Bréfritari: Hildur Jónsdóttir Johnsen
Dagsetning: A-1854-10-17
Skrifað á: Húsavík  S-Þing.

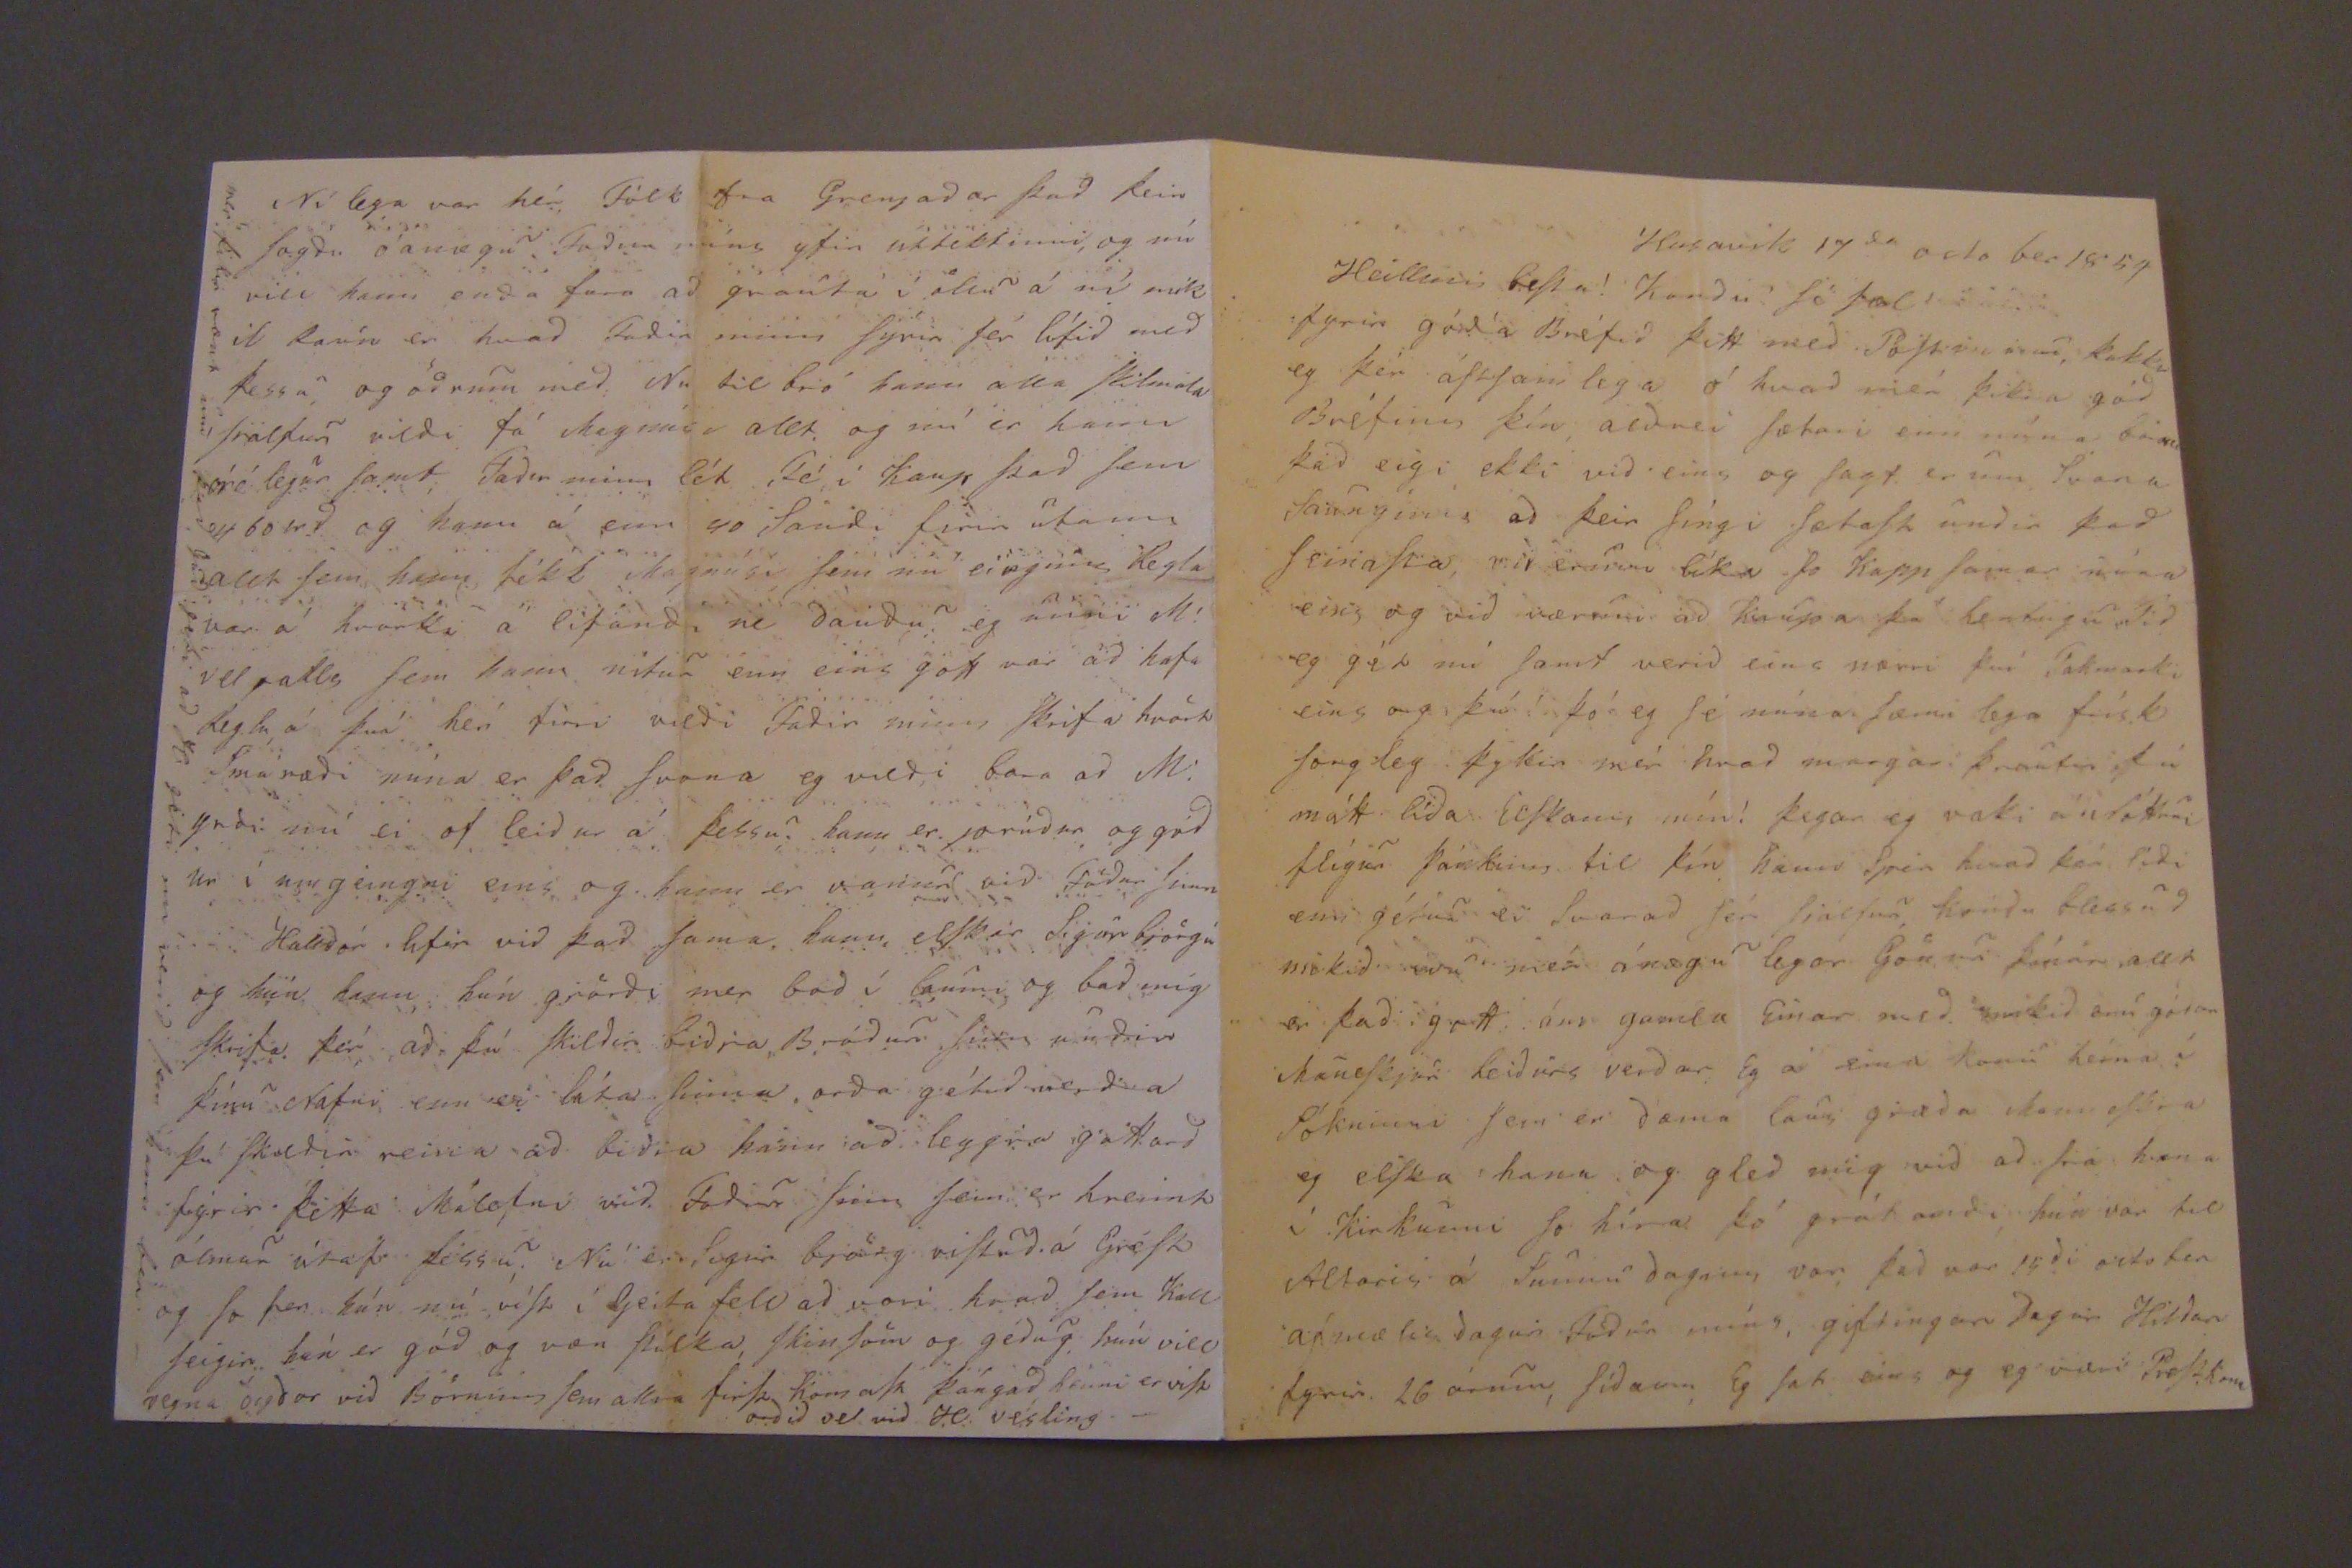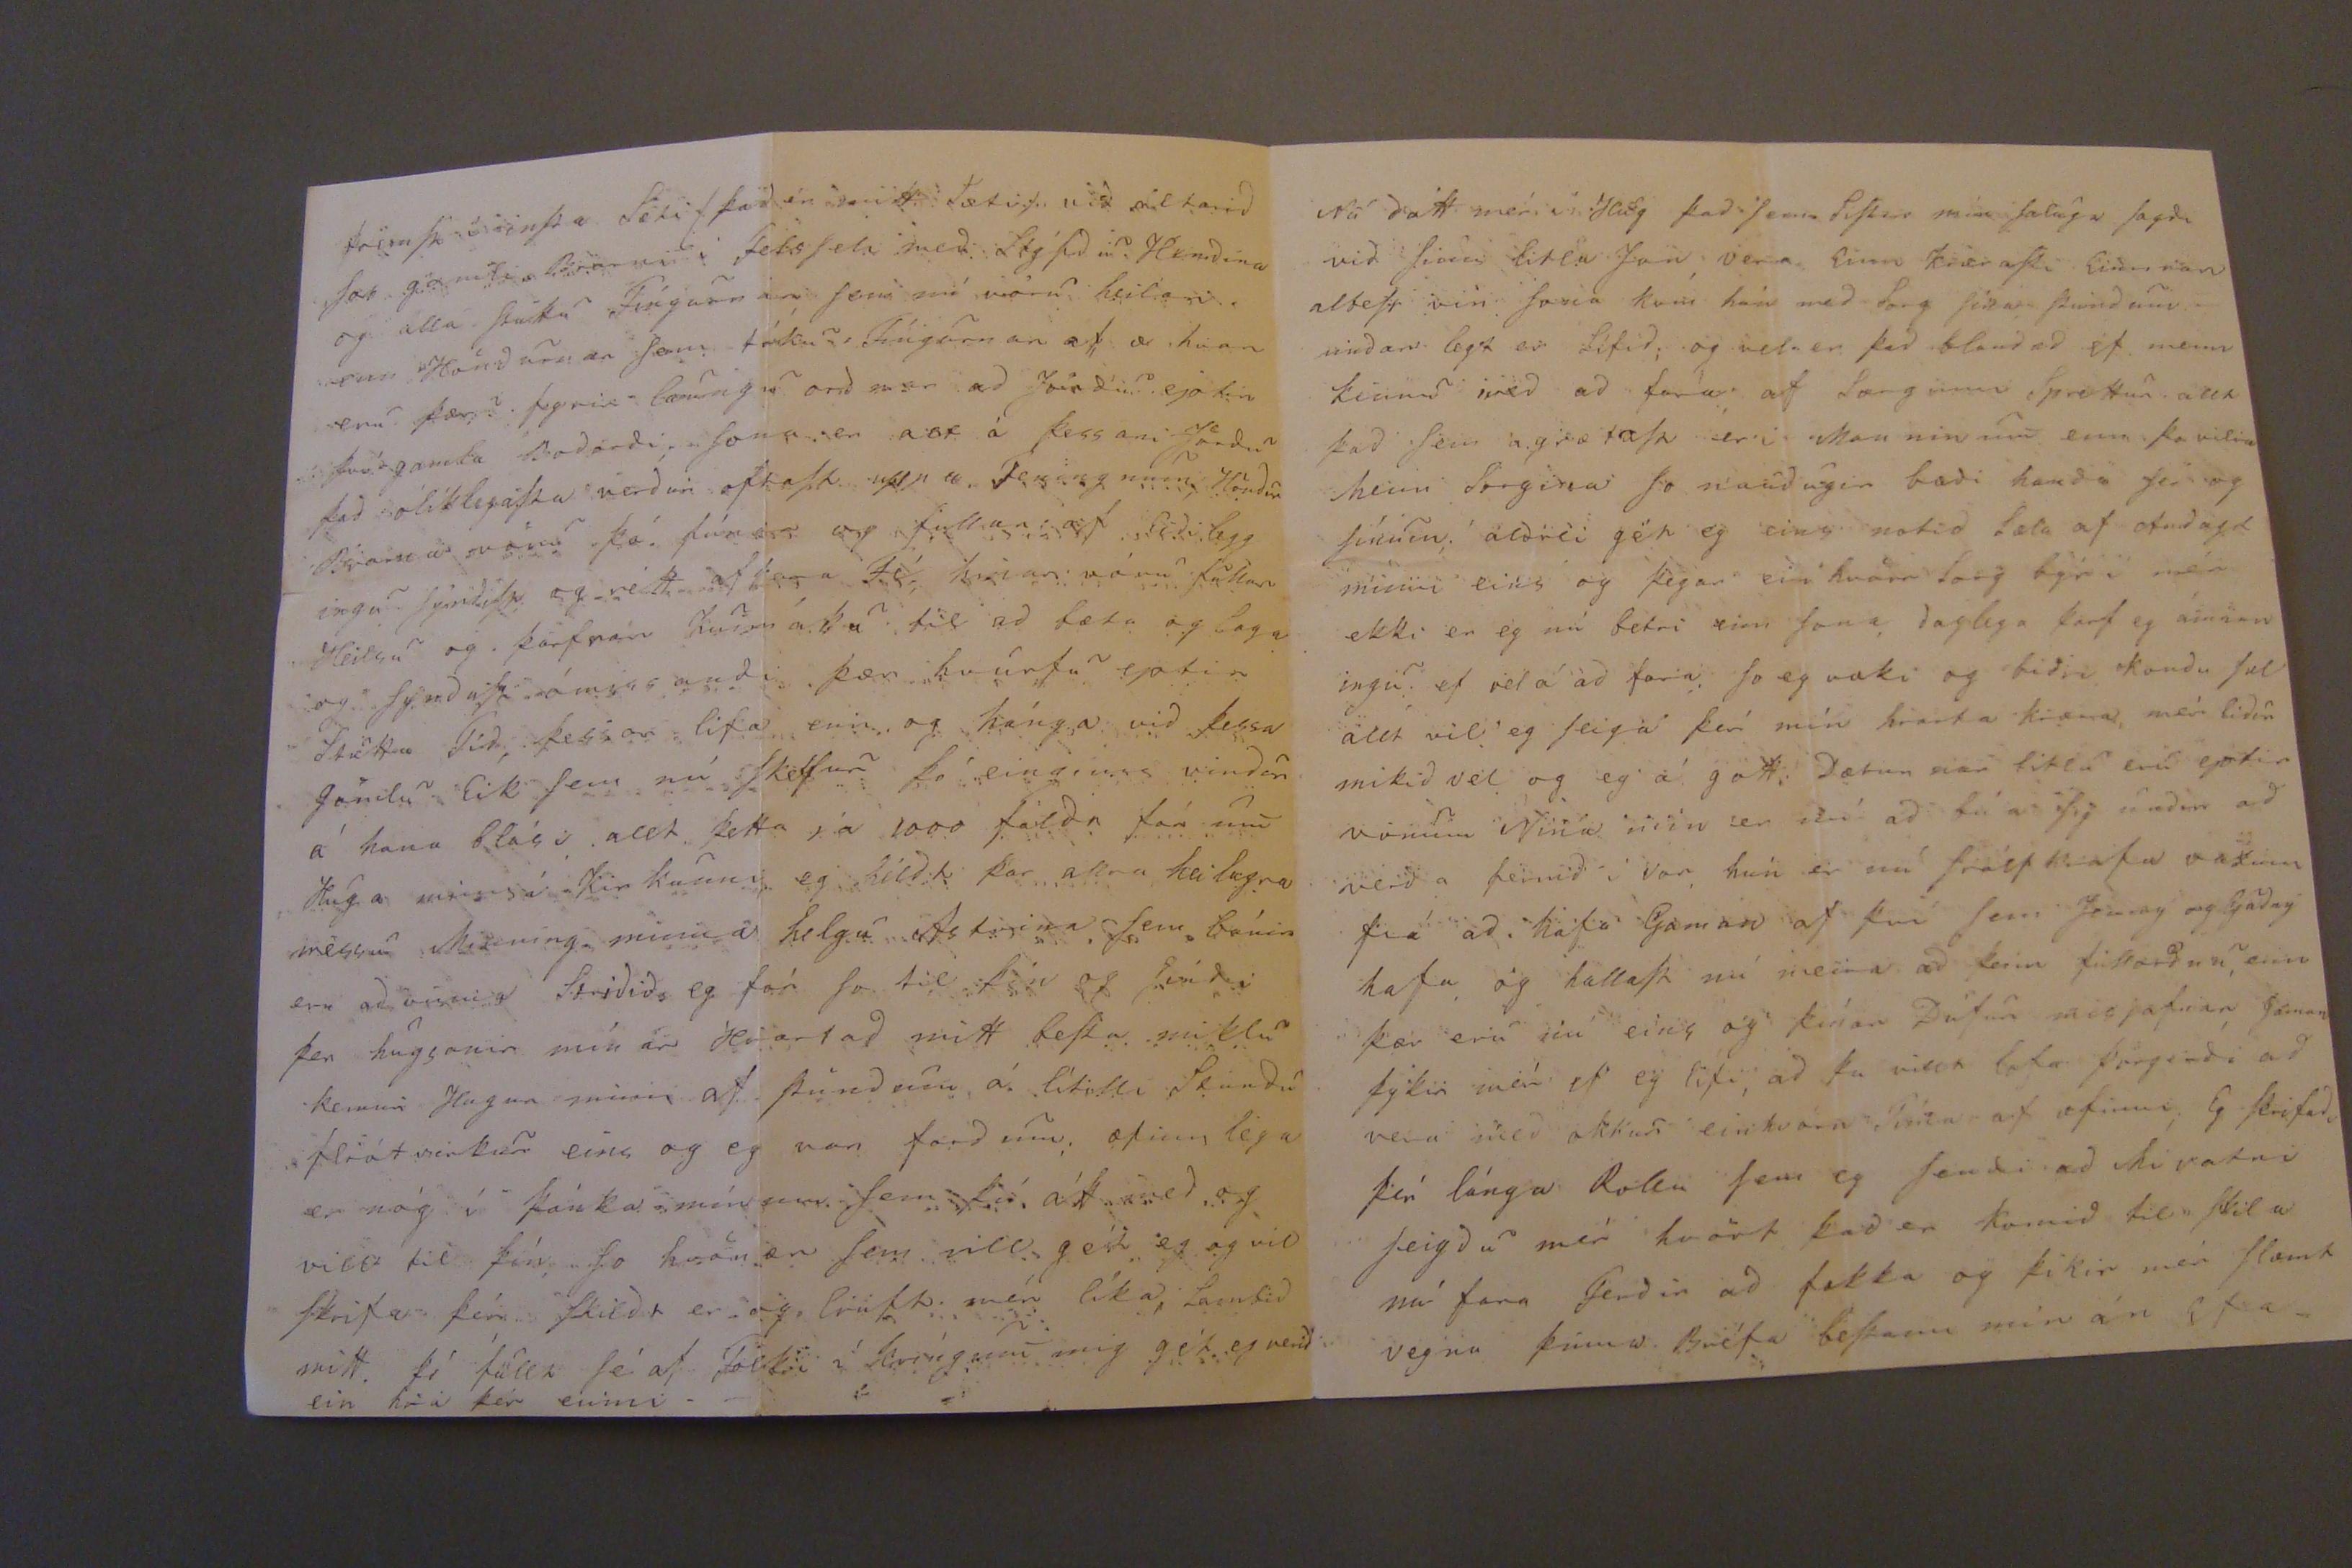

Husavík 17
da
octo ber 1854
Heillinn beSta! Kondu So Sæl!
fyrir góda Bréfid þitt med PoStinum þakka eg þér áStan lega ó hvad mér þikir gód Bréfinn þín aldrei Sætari enn núna bara þad eigi ekki vid eins og Sagt er um Svana Saunginn ad þeir Síngi SætaSt undir þad SeinaSta vid erum líka So Kapp Samar núna eins og vid værum ad knúpa þá hentingu Tid eg gét nú Samt verid eins nærri því Takmarki eins og þú í þó eg Sé núna Sæmi lega frísk Sorgleg þykir mér hvad margar þrautir þú mátt lída Elskann mín! þegar eg vaki á Nóttini flígur þánkinn til þín hann Spir hvad þér lídi enn gétur ei Svarad Sér Siálfur, kondu blessud mikid nu mér ánægu legar Gönur þínar allt er þad gott ánn gamla Einar med. mikid eru gódar ManneSkjur heidurs verdar Eg á eina konu hérna í Sókninni Sem er dæma laus giæda ManneSkia eg elska hana og gled mig vid ad Siá hana í Kirkiunni So híra þó grátandi hún var til Altaris á Sunnudaginn var, þad var
14
di
october
afmælisdagur Födur míns; giftingar dagur Hildar fyrir 26 árum, Sídann Eg Sat eins og eg væri PreStkona
fremSt á minSta Poti
(þad er mitt tækif vid altarid þar gamli Biarni i FelsSeli med lágSdu Hendina og alla
Stöku
Fíngurnar Sem nú voru heilari. enn Höndurnar Sem tóku í Fíngurnar af æ hvar eru þær? fyrir laungu ordnar ad Jördu eptir því gamla Badandi, Sona er alt á þessari Jördu þad ólíklegaSta verdur oftaSt upp a Teningnum Hördur Biarna svönu þó.
Sún ess
og fullur af Eidilegg ingu fyndiSt og rétt af Sama Fé hinar nánu fullar Heilsu og þarfnar kunnáttu til ad bæta og laga og fyndiSt ómissandi þær hvúrfu eptir Stutta Tíd þessar lifa enn og hánga vid þessa gömlu Eik Sem nú Skelfur þó einginn vindur á hana blási allt þetta sá 1000 faldn fór um Huga minns á Kirkunni eg héldt þar allra heilagra messu Minning minna helgu Astvina Sem búnir eru ad
vísnig Særidids
eg fór So til þín og Síndi þer hugsanir mín ar Hiartad mitt beSta miklu kennir Hugur minn af Stundum á lítilli Stundu fliótvirkur eins og eg var fordum æfinn lega en nóg í þánka mínum Sem þú átt med og villt til þín So hvönær Sem vill gét eg og vil Skrifa þér Skildt er og liúft mér líka, lambid mitt. þó fúllt fé af Fólki í kríngum mig gét eg verid ein hiá þér einni.-
Ní lega var hér Fólk fra Grenjadar þad þeim Sagdu óanægu Fadur míns yfir úttebtinni, og nú vill hann enda fara ad grauta í öllu á ní mik il laún er hvad Fadir minn fyrir Sér lífid med þessu og ödrum med Nu til bió hann alla Skilmála Siálfur vildi fá Magnúsar allt. og nú er hann órólegur Samt, Fadir minn lét Fé í kaup þad Sem 460 rd og hann á um 40 Saudi firir utann allt Sem hann fékk Magnúsi Sem nú einginn Regla var á hvorki á lifandi ne daudu og unni M! vel alls Sem hann nitur enn eins gott var ad hafa Reglu á því hér firri vildi Fadir minn Skrifa hvört Smárædi núna er þad Svona eg vildi bara ad M! yrdi nú ei of leidur á þessu. hann er. prúdur og gód ur í umgeingni eins og hann er vanur vid Födur Sinn
Halldór lifir vid þad Sama. hann, elSkar Sigurbjörgu og hún hann hún giördi mer bad í laumi og bad mig Skrifa þér ad þú Skildir bidia Bródur Sinn undir þínu Nafni enn ei láta Sinna orda gétud verda þú Skuldir reina ad bidia hann ad leggia gottord fyrir þetta Málefni vid Fodur Sinn Sem er hreint ólmur útaf þessu. Nú er Sigur björg visTud á Gröft og So fer hún nú víSt í Geita fell ad vori hvad Sem kall Seigir hún er gód og væn Stúlka SkinSöm og gédug hún vill reyna ogdar vid Börnum Sem allra firSt hamaSt þángad henni er viSt ordid vel vid H. vesling.-
mer þikir vænt um þad Gud geti ad H. géti nú verid Sem hann bir.-
Nú datt mér í Hug þad Sem SiStir mín Saluga Sagdi vid SSinn litla Jon, vera Einn kiæraSti
Gunnar
albeSt vin Sama kom han med Sorg líka pundum. undar legt er. lífid; og bel er þad blandad af menn kinnu med ad fara af langinn Sprettur allt þad Sem agiætaSt er i Manninum enn þo vilia hinn Sorgina So naudugir bædi handa Ser og Sínum. aldrei gét eg eins notid læta af Audugt minni eins og þegar ein hvörn Sorg býr i mér ekki er eg nú betri enn Sona daglega þarf eg amin ingu ef vel á ad fara. So eg vaki og bidii kondu Sæl allt vil eg Seiga þér mín hiarta kiæra mér lidur mikid vel og eg á gott. Dætur nar litlu eru eptir vonum Nina mín er nú ad búa Sig undir ad verd a fermd í vor hún er nú Siálfkrafa vaxinn frá ad hafa Gaman af því Sem Jenný og GUdný hafa og hallaSt nú meira ad þeim fullordnu, enn þær eru nú eins og þínar Dúfur misjafnar, gaman þykir mér ef eg lifi, ad þu villt lata Þorgerdi ad vera med okkur einhvörn Tíma af æfinni, Eg Skrifadi þér lánga Rollu Sem eg Sendi ad Mivatni Seigdu mér hvört þad er komid til SKila nú fara Ferdir ad fækka og þikir mér Slæmt vegna þinna Bréfa beStann mín án efa.